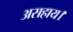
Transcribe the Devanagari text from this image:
असहाय।